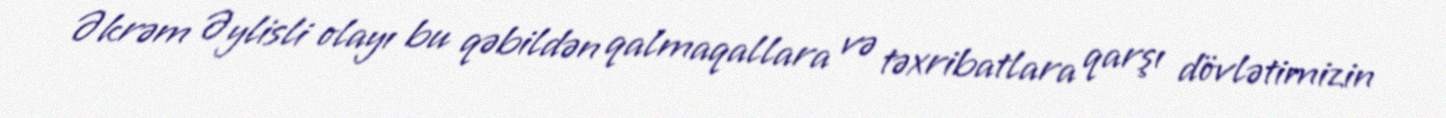
Əkrəm Əylisli olayı bu qəbildən qalmaqallara və təxribatlara qarşı dövlətimizin